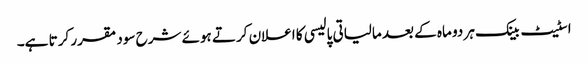
اسٹیٹ بینک ہر دو ماہ کے بعد مالیاتی پالیسی کا اعلان کرتے ہوئے شرح سود مقرر کرتا ہے۔